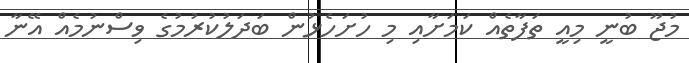
މުޖޫ ބުނީ މިއީ ތަފާތެއް ކަމަށާއި މި ހުށަހެޅުން ބަދަލުކުރުމުގެ ވިސްނުމެއް އޭނާ